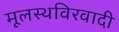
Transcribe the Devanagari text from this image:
मूलस्थविरवादी